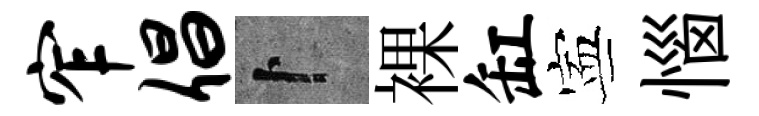
窄倡卜裸缸寕惱